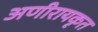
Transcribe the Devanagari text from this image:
अणीरायकृत